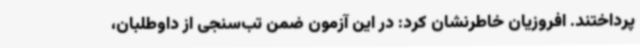
پرداختند. افروزیان خاطرنشان کرد: در این آزمون ضمن تب‌سنجی از داوطلبان،